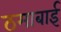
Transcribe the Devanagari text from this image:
ठमाबाई